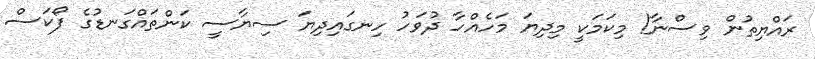
ރައްޔިތުން ވިސްނާ! މިކަމަކީ މިދިޔަ މަހެއްހާ ދުވަހު ހިނގައިދިޔަ ސިޔާސީ ކަންތައްގަނޑުގެ ފޯކަސް